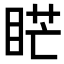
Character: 𥇀